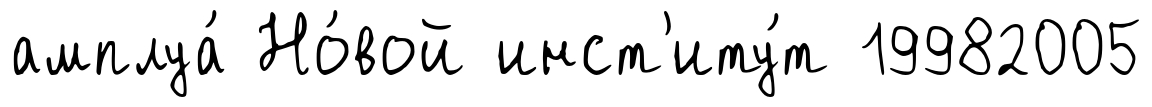
амплуа́ Но́вой инст'иту́т 19982005